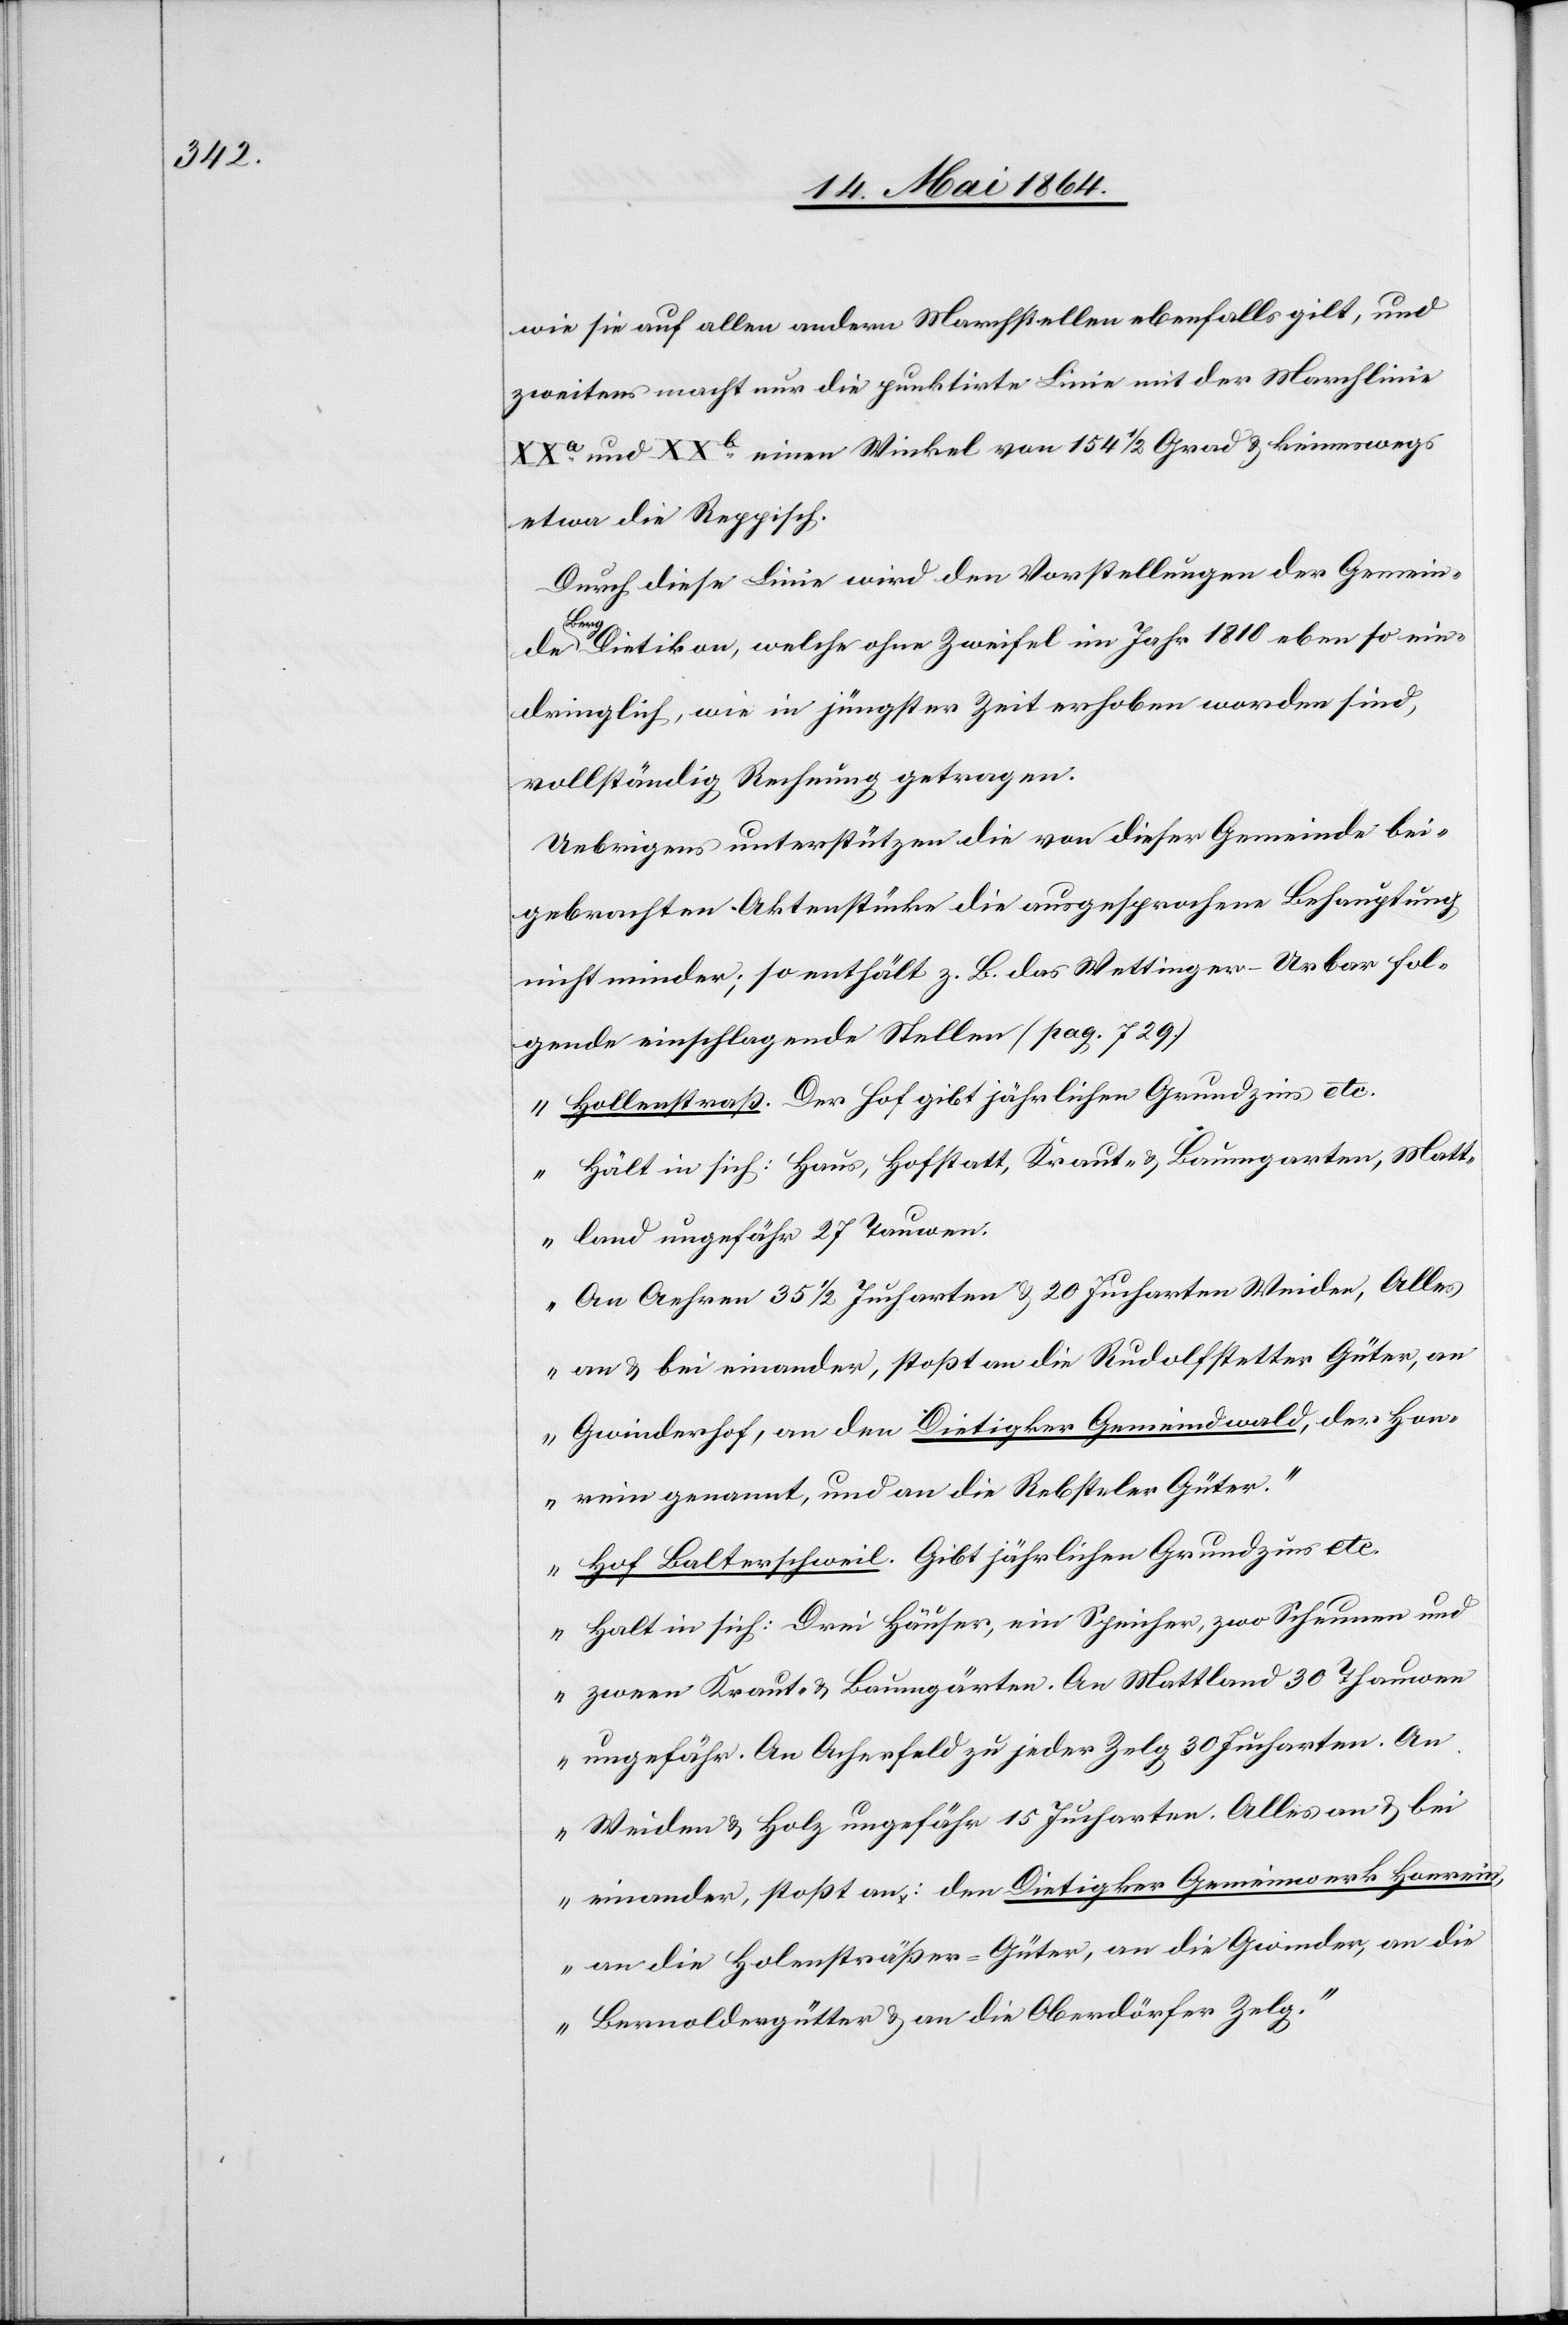
wie sie auf allen andern Marchstellen ebenfalls gilt, und
zweitens macht nur die punktirte Linie mit der Marchlinie
XXa und XXb einen Winkel von 154 1/2 Grad u. keineswegs
etwa die Reppisch.
Durch diese Linie wird den Vorstellungen der Gemein¬
de
Berg Dietikon, welche ohne Zweifel im Jahr 1810 ebenso ein¬
dringlich, wie in jüngster Zeit erhoben worden sind,
vollständig Rechnung getragen.
Uebrigens unterstützen die von dieser Gemeinde bei¬
gebrachten Aktenstücke die ausgesprochene Behauptung
nicht minder; so enthält z. B. das Wettinger-Urbar fol¬
gende einschlagende Stellen (pag. 729.)
„Hollenstraß. Der Hof gibt jährlichen Grundzins etc.
Hält in sich: Haus, Hofstatt, Kraut- u. Baumgarten, Matt¬
land ungefähr 27 Tauwen.
An Aehren 35 1/2 Jucharten u. 20 Jucharten Weiden, Alles
an u. bei einander, stoßt an die Rudolfstetter Güter, an
Gwinderhof, an den Dietigker Gemeindwald, der Han¬
rein genannt, und an die Rebstuler Güter.“
„Hof Baltenschweil. Gibt jährlichen Grundzins etc.
Halt in sich: Drei Häuser, ein Speicher, zwo Scheunen und
zween Kraut- u. Baumgärten. An Mattland 30 Thauwen
ungefähr. An Ackerfeld zu jeder Zelg 30 Jucharten. An
Weiden u. Holz ungefähr 15 Jucharten. Alles an u. bei
einander, stoßt an: den Dietigker Gemeinwerk Harrein,
an die Holensträßer-Güter, an die Gwinder, an die
Bernoldergütter u. an die Oberdörfer Zelg.“